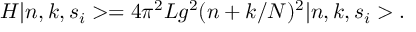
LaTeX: H \vert n , k , s _ { i } > = 4 \pi ^ { 2 } L g ^ { 2 } ( n + k / N ) ^ { 2 } \vert n , k , s _ { i } > .